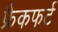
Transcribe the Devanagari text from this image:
फ्रैकफर्ट